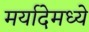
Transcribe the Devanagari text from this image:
मर्यादेमध्ये